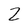
Character: 2